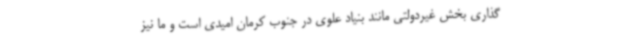
گذاری بخش غیردولتی مانند بنیاد علوی در جنوب کرمان امیدی است و ما نیز